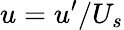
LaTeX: u=u^{\prime}/U_{s}